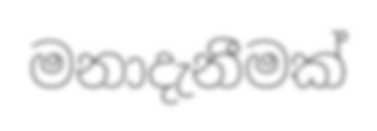
මනාදැනීමක්